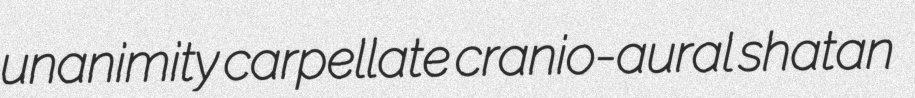
unanimity carpellate cranio-aural shatan